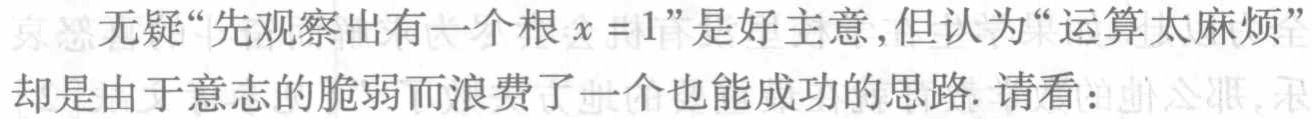
无疑“先观察出有一个根 \(x = 1\)”是好主意,但认为“运算太麻烦”却是由于意志的脆弱而浪费了一个也能成功的思路. 请看: